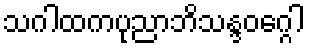
သဂါထကပုညာဘိသန္ဒဝဂ္ဂေါ